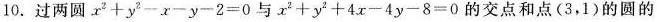
10.过两圆$$x^{2}+y^{2}-x~y-2=0$$与$$x^{2}十y^{2}+4x-4y-8=0$$的交点和点(3，1)的圆的